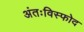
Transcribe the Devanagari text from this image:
अंतःविस्फोद